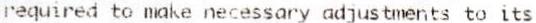
REQUIRED TO MAKE NECESSARY ADJUSTMENTS TO ITS